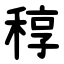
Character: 稕